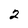
Character: 2